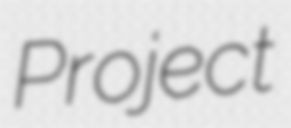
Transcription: Project